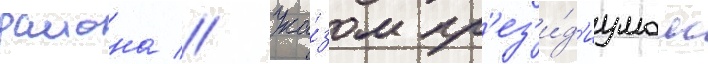
раиона // Ука́зом пр'ез'и́д'иумом